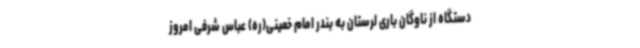
دستگاه از ناوگان باری لرستان به بندر امام خمینی(ره) عباس شرفی امروز